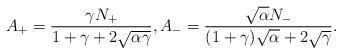
LaTeX: \begin{align*}A_{+}=\frac{\gamma N_{+}}{1+\gamma+2\sqrt{\alpha\gamma}},A_{-}=\frac{\sqrt{\alpha}N_{-}}{(1+\gamma)\sqrt{\alpha}+2\sqrt{\gamma}}.\end{align*}